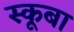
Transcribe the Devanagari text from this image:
स्‍कूबा